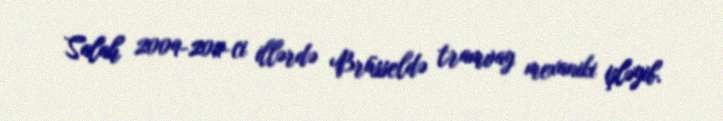
Salah 2009-2011-ci illərdə Brüsseldə tramvay mexaniki işləyib.